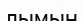
лымын